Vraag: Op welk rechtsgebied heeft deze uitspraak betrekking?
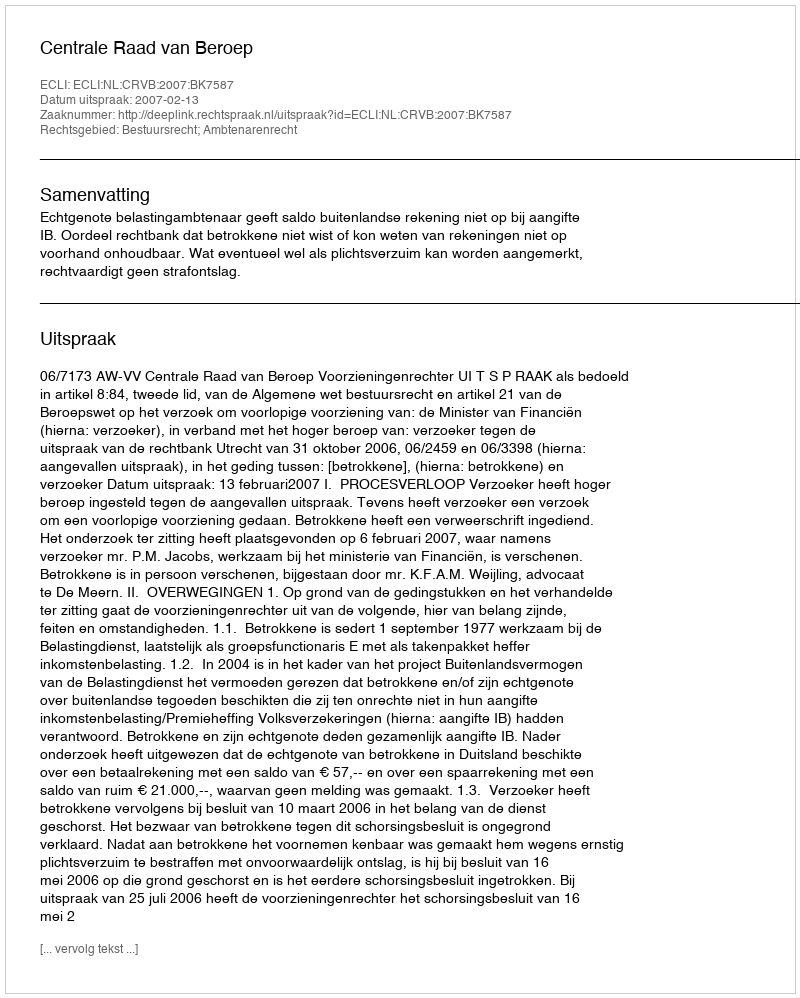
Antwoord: Bestuursrecht; Ambtenarenrecht